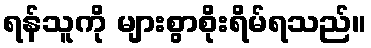
ရန်သူကို များစွာစိုးရိမ်ရသည်။